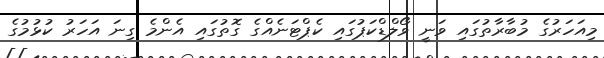
މިއަހަރުގެ މުބާރާތުގައި ވަނީ ވޯލްޑްކަޕުގައި ކެޕްޓަނެއްގެ ގޮތުގައި އެންމެ ގިނަ އަހަރު ކުޅުމުގެ